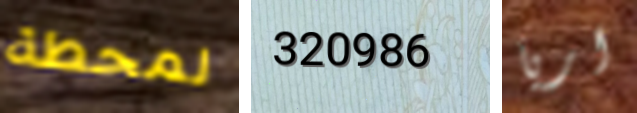
لمحطة 320986 اريا